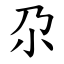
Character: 尕